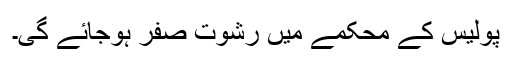
پولیس کے محکمے میں رشوت صفر ہوجائے گی۔